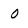
Character: 0